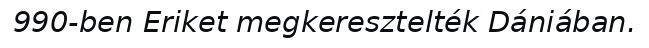
990-ben Eriket megkeresztelték Dániában.